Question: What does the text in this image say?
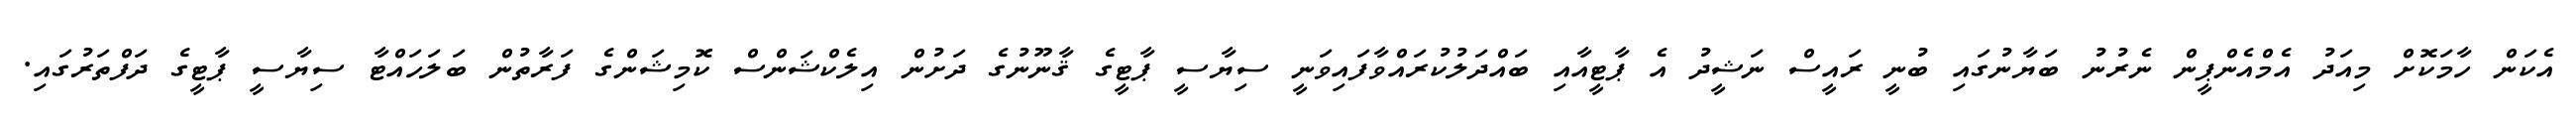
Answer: އެކަން ހާމަކޮށް މިއަދު އެމްއެންޕީން ނެރުނު ބަޔާނުގައި ބުނީ ރައީސް ނަޝީދު އެ ޕާޓީއާއި ބައްދަލުކުރައްވާފައިވަނީ ސިޔާސީ ޕާޓީގެ ޤާނޫނުގެ ދަށުން އިލެކްޝަންސް ކޮމިޝަންގެ ފަރާތުން ބަލަހައްޓާ ސިޔާސީ ޕާޓީގެ ދަފްތަރުގައި.